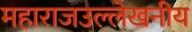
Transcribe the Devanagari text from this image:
महाराजउल्लेखनीय